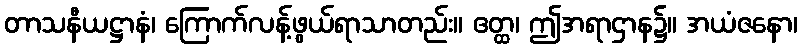
တာသနီယဋ္ဌာနံ၊ ကြောက်လန့်ဖွယ်ရာသာတည်း။ ဧတ္ထ၊ ဤအရာဌာန၌။ အယံဇနော၊